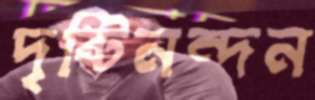
দৃষ্টিনন্দন